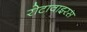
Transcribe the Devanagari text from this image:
रोटावाइरस